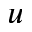
u